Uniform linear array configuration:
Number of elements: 32
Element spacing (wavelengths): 0.25
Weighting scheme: hamming
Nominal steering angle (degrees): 60
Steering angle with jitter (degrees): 61.359
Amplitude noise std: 0.05
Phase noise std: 0.05

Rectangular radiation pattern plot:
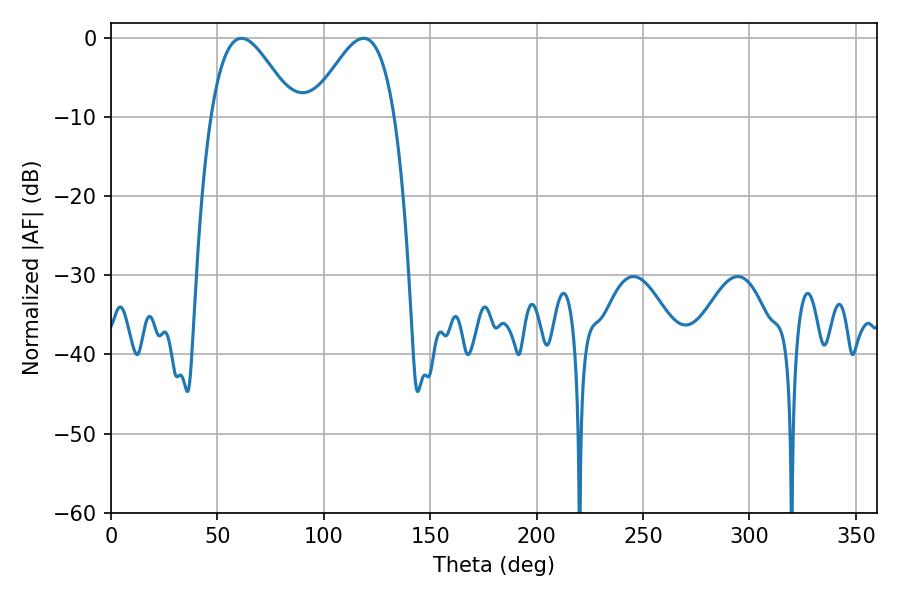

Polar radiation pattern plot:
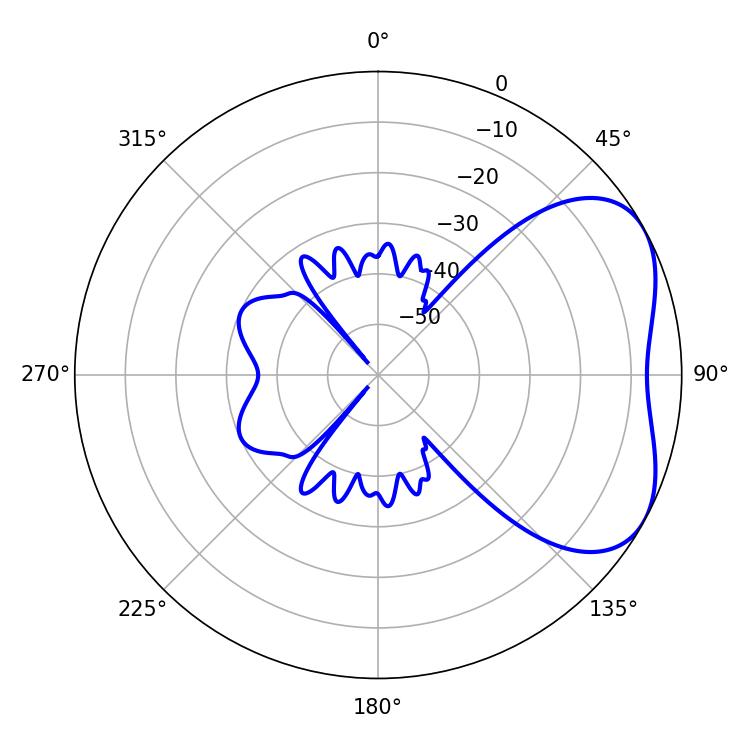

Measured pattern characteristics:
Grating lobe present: FALSE
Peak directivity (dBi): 4.352
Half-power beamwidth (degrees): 20.88
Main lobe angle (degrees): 61.38